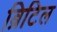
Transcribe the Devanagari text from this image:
ब्रिटिल